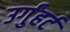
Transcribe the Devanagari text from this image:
उर्गुंहर्ट